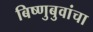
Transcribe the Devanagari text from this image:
बिष्णुबुवांचा